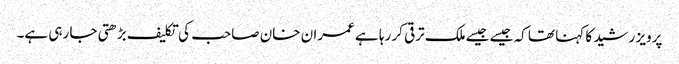
پرویز رشید کا کہنا تھا کہ جیسے جیسےملک ترقی کر رہا ہے عمران خان صاحب کی تکلیف بڑھتی جا رہی ہے۔